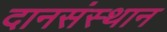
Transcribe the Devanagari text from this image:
दानसंस्थान